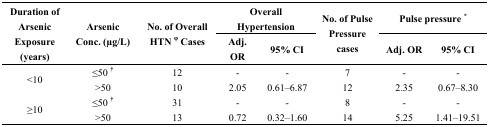
| <ROWSPAN=2> Duration of Arsenic Exposure (years) | <ROWSPAN=2> Arsenic Conc. (μg/L) | <ROWSPAN=2> No. of Overall HTN φ Cases | <COLSPAN=2> Overall Hypertension | <ROWSPAN=2> No. of Pulse Pressure cases | <COLSPAN=2> Pulse pressure * |
 | Adj. OR | 95% CI | Adj. OR | 95% CI |
 | --- | --- | --- | --- | --- | --- | --- | --- |
 | <ROWSPAN=2> <10 | ≤50† | 12 | - | - | 7 | - | - |
 | >50 | 10 | 2.05 | 0.61–6.87 | 12 | 2.35 | 0.67–8.30 |
 | <ROWSPAN=2> ≥10 | ≤50† | 31 | - | - | 8 | - | - |
 | >50 | 13 | 0.72 | 0.32–1.60 | 14 | 5.25 | 1.41–19.51 |